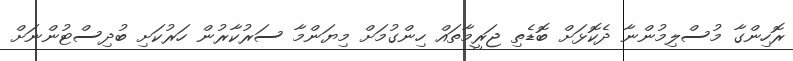
ރޮހިންގާ މުސްލިމުންނާ ދެކޮޅަށް ބޮޑެތި ޖަރީމާތައް ހިންގުމަށް މިޔަންމާ ސަރުކާރުން ހަރުކަށި ބުދިސްޓުންނަށް